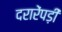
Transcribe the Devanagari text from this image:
दरारेंपड़ीं